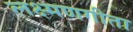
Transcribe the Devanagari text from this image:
लक्ष्मणगीता